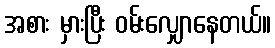
အစား မှားပြီး ဝမ်းလျှောနေတယ်။